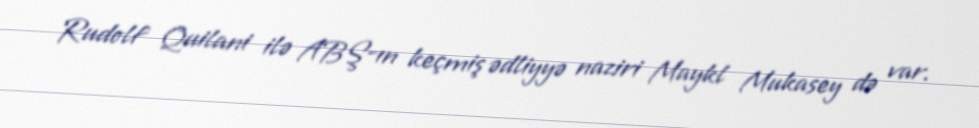
Rudolf Quilani ilə ABŞ-ın keçmiş ədliyyə naziri Maykl Mukasey də var.